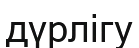
дүрлігу